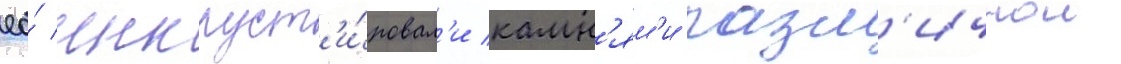
ео́ инкруст'и́ровал'и камн'ям'и разл'ичнои